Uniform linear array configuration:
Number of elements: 32
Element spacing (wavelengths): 0.25
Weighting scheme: uniform
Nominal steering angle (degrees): -45
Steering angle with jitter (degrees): -46.111
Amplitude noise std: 0.05
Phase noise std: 0.05

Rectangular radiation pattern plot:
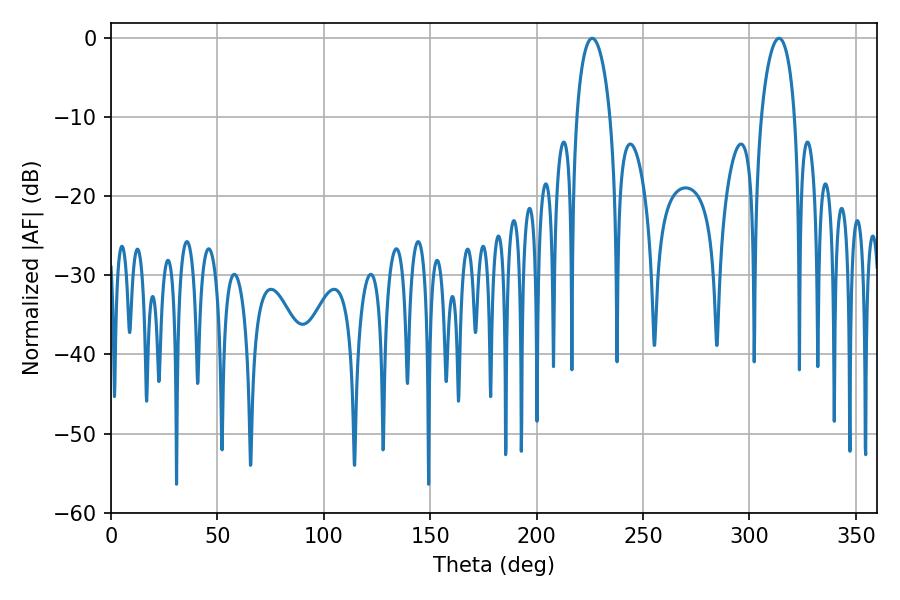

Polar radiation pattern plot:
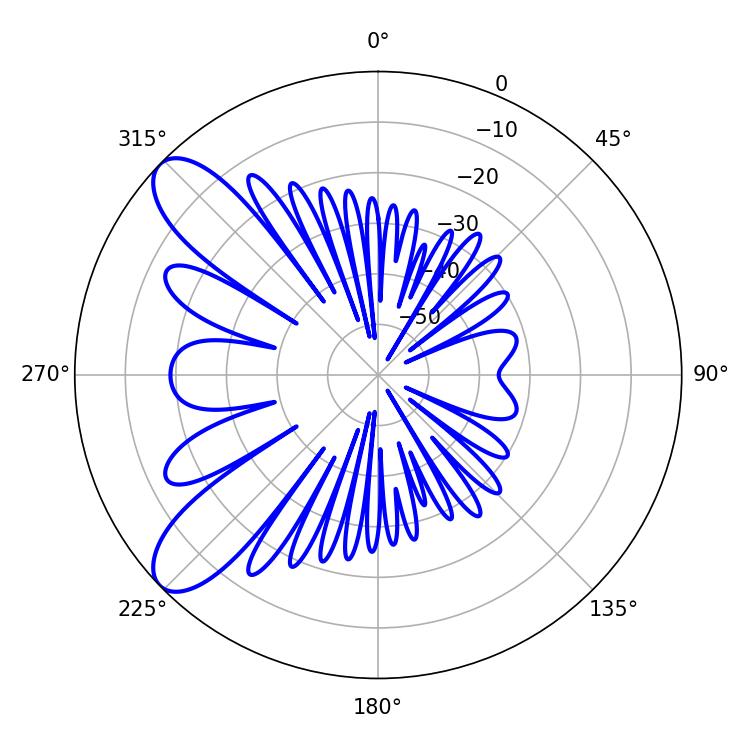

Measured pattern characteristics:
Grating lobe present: FALSE
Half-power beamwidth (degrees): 9
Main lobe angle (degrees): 313.92